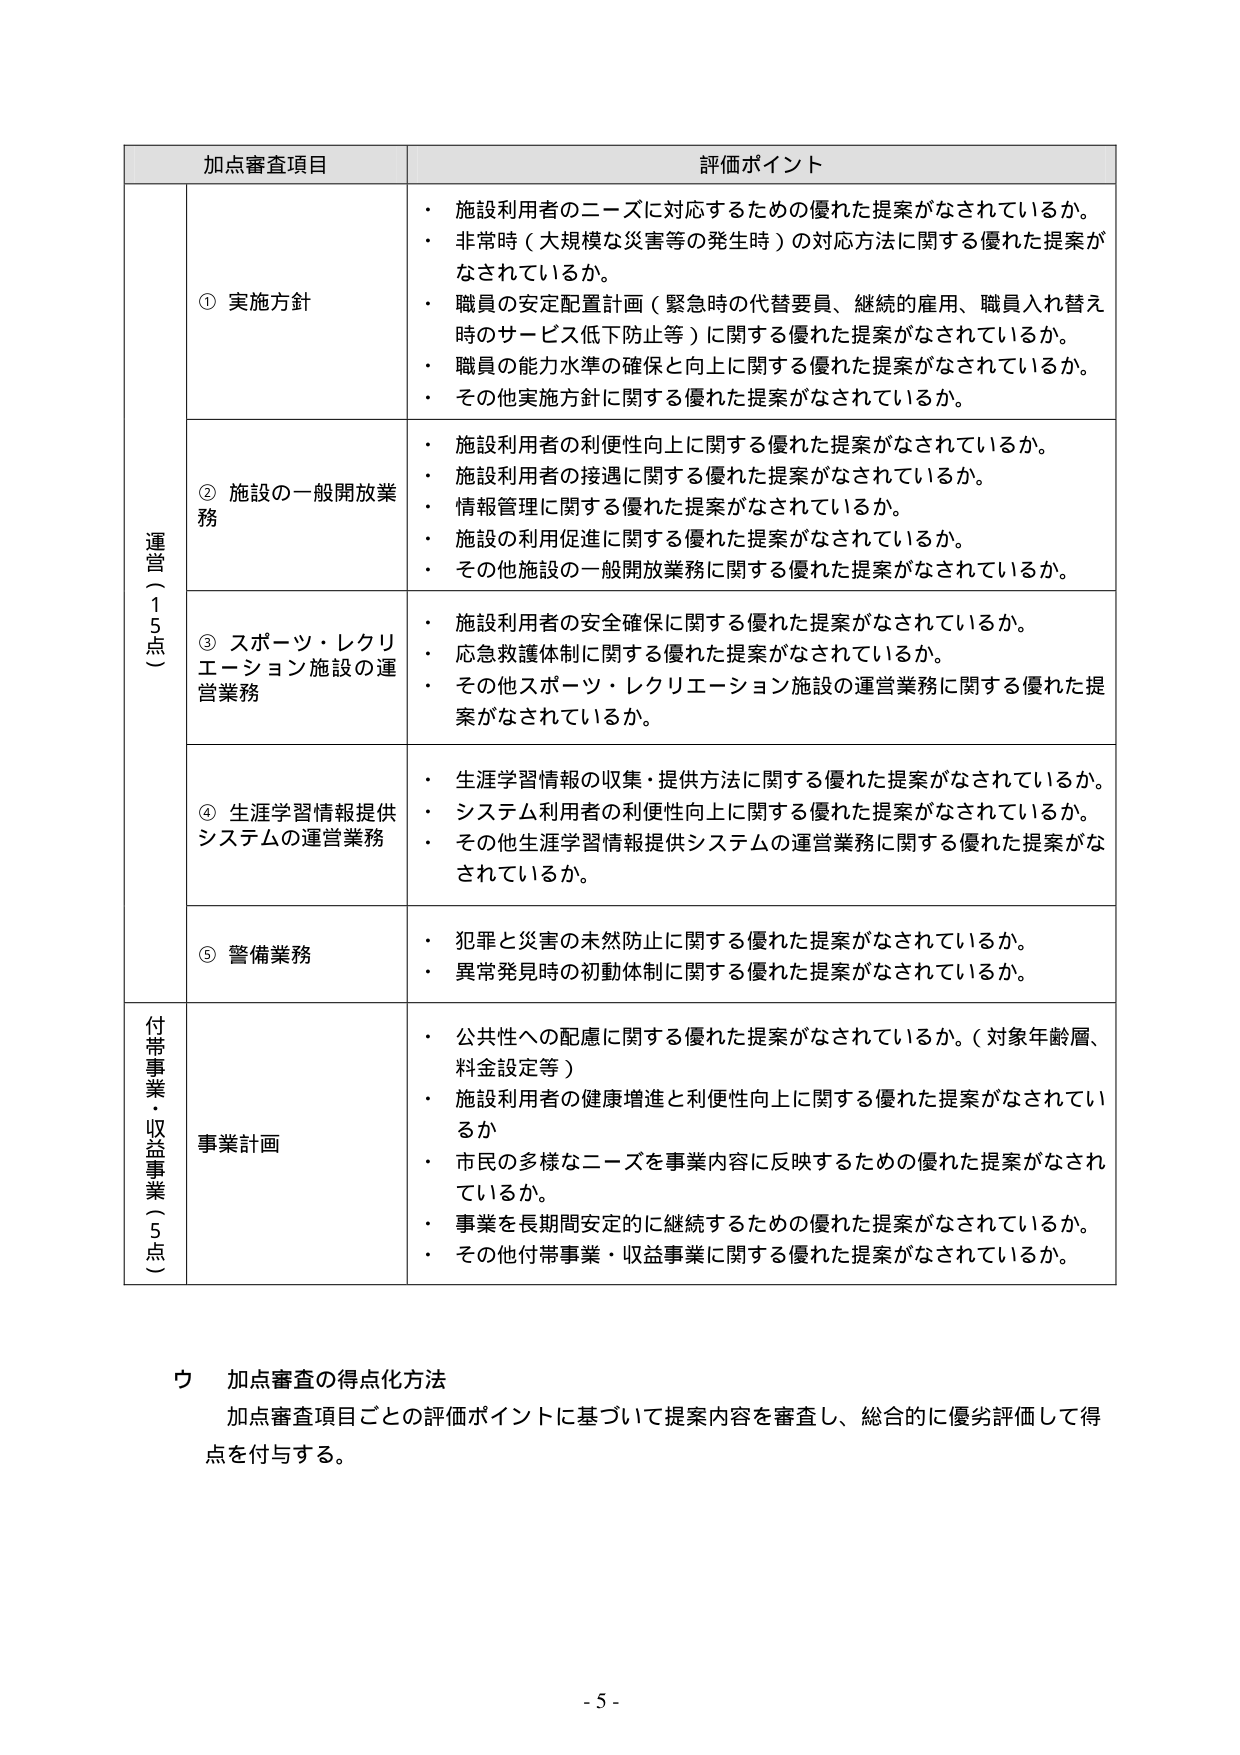
加点審査項目 評価ポイント
運営（15点）
① 実施方針
・ 施設利用者のニーズに対応するための優れた提案がなされているか。
・ 非常時（大規模な災害等の発生時）の対応方法に関する優れた提案がなされているか。
・ 職員の安定配置計画（緊急時の代替要員、継続的雇用、職員入れ替え時のサービス低下防止等）に関する優れた提案がなされているか。
・ 職員の能力水準の確保と向上に関する優れた提案がなされているか。
・ その他実施方針に関する優れた提案がなされているか。
② 施設の一般開放業務
・ 施設利用者の利便性向上に関する優れた提案がなされているか。
・ 施設利用者の接遇に関する優れた提案がなされているか。
・ 情報管理に関する優れた提案がなされているか。
・ 施設の利用促進に関する優れた提案がなされているか。
・ その他施設の一般開放業務に関する優れた提案がなされているか。
③ スポーツ・レクリエーション施設の運営業務
・ 施設利用者の安全確保に関する優れた提案がなされているか。
・ 応急救護体制に関する優れた提案がなされているか。
・ その他スポーツ・レクリエーション施設の運営業務に関する優れた提案がなされているか。
④ 生涯学習情報提供システムの運営業務
・ 生涯学習情報の収集・提供方法に関する優れた提案がなされているか。
・ システム利用者の利便性向上に関する優れた提案がなされているか。
・ その他生涯学習情報提供システムの運営業務に関する優れた提案がなされているか。
⑤ 警備業務
・ 犯罪と災害の未然防止に関する優れた提案がなされているか。
・ 異常発見時の初動体制に関する優れた提案がなされているか。
付帯事業・収益事業（5点）
事業計画
・ 公共性への配慮に関する優れた提案がなされているか。（対象年齢層、料金設定等）
・ 施設利用者の健康増進と利便性向上に関する優れた提案がなされているか。
・ 市民の多様なニーズを事業内容に反映するための優れた提案がなされているか。
・ 事業を長期間安定的に継続するための優れた提案がなされているか。
・ その他付帯事業・収益事業に関する優れた提案がなされているか。
ウ 加点審査の得点化方法
加点審査項目ごとの評価ポイントに基づいて提案内容を審査し、総合的に優劣評価して得点を付与する。
- 5 -